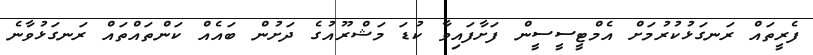
ފެރީތައް ރަނގަޅުކުރުމަށް އެމްޓީސީސީން ފަށާފައިވާ ކުޑަ މަޝްރޫއުގެ ދަށުން ބައެއް ކަންތައްތައް ރަނގަޅުވާނެ